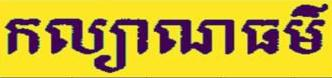
កល្យាណធម៍